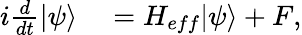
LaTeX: \begin{array}{rl}{i\frac{d}{dt}|\psi\rangle}&{{}=H_{eff}|\psi\rangle+F,}\end{array}